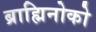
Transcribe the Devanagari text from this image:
ब्राह्मिनोको